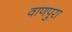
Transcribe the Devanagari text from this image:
वाणपुरा